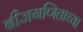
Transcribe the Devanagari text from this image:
बीजगणिताच्या